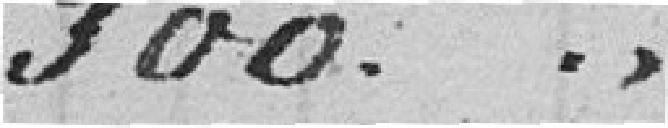
300. "